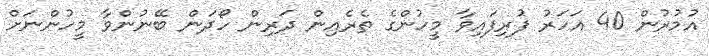
އުމުރުން 40 އަހަރު ފުރިފައިވާ މީހުންގެ ތެރެއިން ދަރިން ހޯދަން ބޭނުންވާ މީހުންނަށް